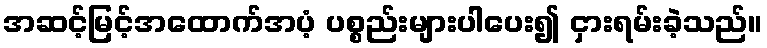
အဆင့်မြင့်အထောက်အပံ့ ပစ္စည်းများပါပေး၍ ငှားရမ်းခဲ့သည်။